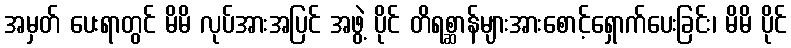
အမှတ် ပေးရာတွင် မိမိ လုပ်အားအပြင် အဖွဲ့ ပိုင် တိရစ္ဆာန်များအားစောင့်ရှောက်ပေးခြင်း၊ မိမိ ပိုင်